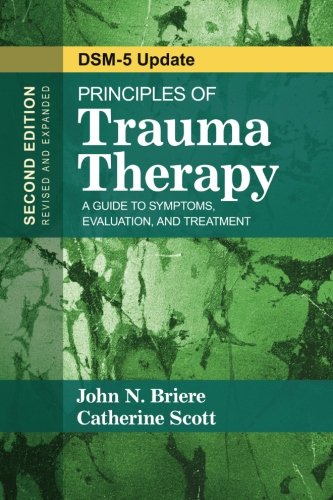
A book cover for Principles of Trauma Therapy: A Guide to Symptoms, Evaluation, and Treatment; John N. Briere; Medical Books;